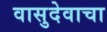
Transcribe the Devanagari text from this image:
वासुदेवाचा